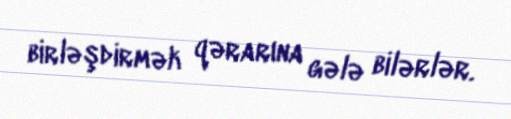
birləşdirmək qərarına gələ bilərlər.